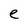
Character: e